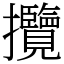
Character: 攬